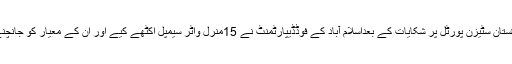
انگریزی جریدے ’پاکستان ٹوڈے‘ کے مطابق پاکستان سٹیزن پورٹل پر شکایات کے بعداسلام آباد کے فوڈڈیپارٹمنٹ نے 15منرل واٹر سیمپل اکٹھے کیے اور ان کے معیار کو جانچنے کے لیے سیمپلزقومی ادارہ صحت بھجوادیئے ۔